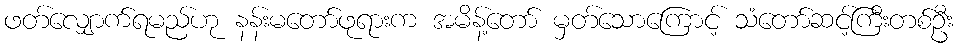
ဖတ်လျှောက်ရမည်ဟု နန်းမတော်ဖုရားက အမိန့်တော် မှတ်သောကြောင့် သံတော်ဆင့်ကြီးတစ်ဦး